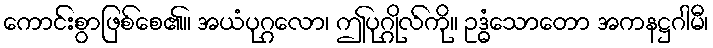
ကောင်းစွာဖြစ်စေ၏။ အယံပုဂ္ဂလော၊ ဤပုဂ္ဂိုလ်ကို။ ဥဒ္ဓံသောတော အကနဋ္ဌဂါမီ၊